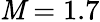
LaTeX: \mathit{M}=1.7